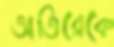
অতিরেকে